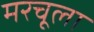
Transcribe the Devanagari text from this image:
मरचूला